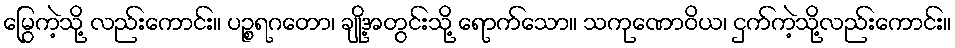
မြွေကဲ့သို့ လည်းကောင်း။ ပဉ္စရဂတော၊ ချို့အတွင်းသို့ ရောက်သော။ သကုဏောဝိယ၊ ငှက်ကဲ့သို့လည်းကောင်း။